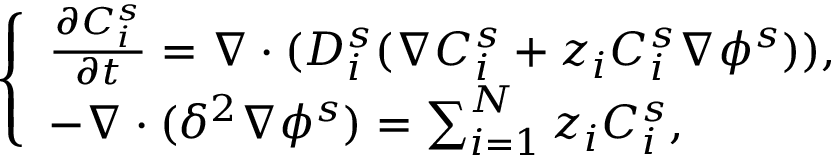
\left\{ \begin{array} { l } { \frac { \partial C _ { i } ^ { s } } { \partial t } = \nabla \cdot ( D _ { i } ^ { s } ( \nabla C _ { i } ^ { s } + z _ { i } C _ { i } ^ { s } \nabla \phi ^ { s } ) ) , } \\ { - \nabla \cdot ( \delta ^ { 2 } \nabla \phi ^ { s } ) = \sum _ { i = 1 } ^ { N } z _ { i } C _ { i } ^ { s } , } \end{array} \right.